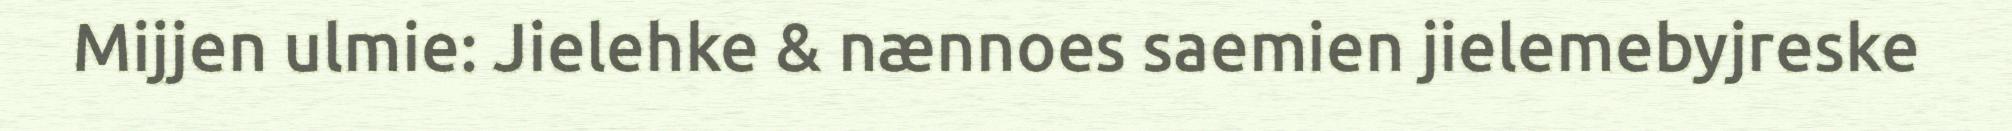
Mijjen ulmie: Jielehke & nænnoes saemien jielemebyjreske